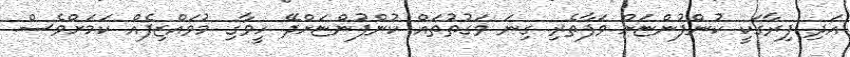
އަދި ފިރާގަކީ ކުންފުންޏަށް ވަފާތެރި ގިނަ ވަގުތުތައް ކުންފުންޏަށްދޭ ހީވާގި މުވައްޒިފެއް ކަމަށްވެސް